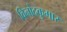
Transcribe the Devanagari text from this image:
विनोदकुमार